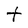
Character: t